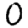
Digit: 0